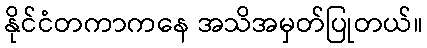
နိုင်ငံတကာကနေ အသိအမှတ်ပြုတယ်။